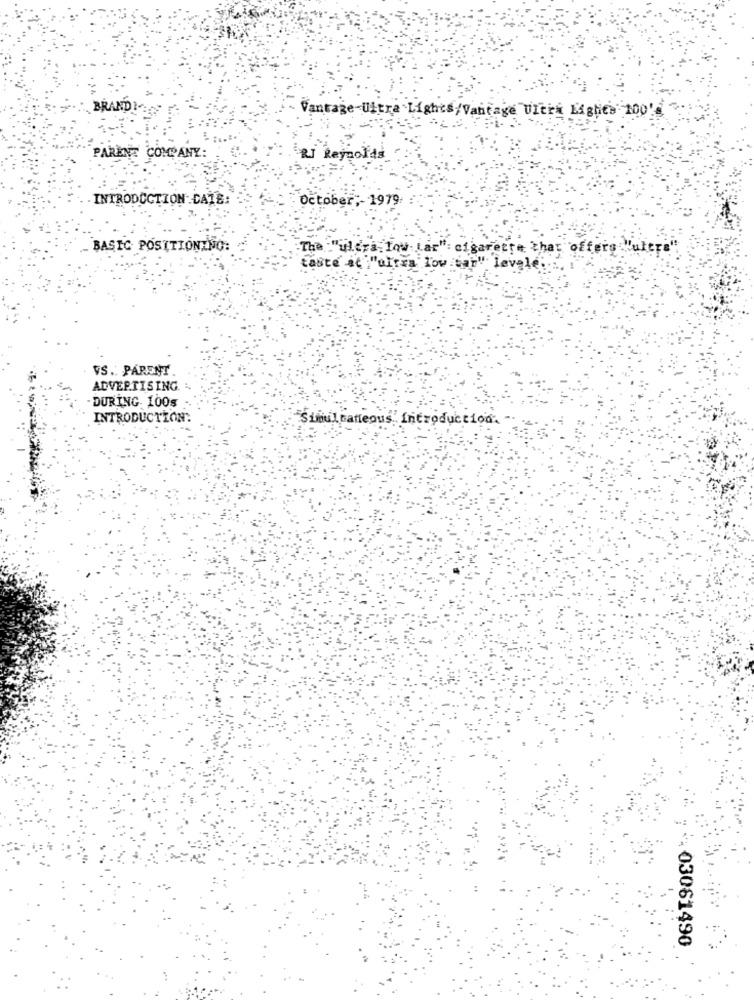
BRANDI-
Vantage-Ultra Lights/Vantage Ultra Lightes 100'
PARENT COMPANY:
LI Reynolds
INTRODUCTION DATE:
October ;- 1979.
BASIC POSITIONING:
The :"ultra low Lar": cigarette that offers
uteri
taste at ""ultra low tar" levele:
VS .: PARENT
ADVERTISING
DURING. 100s
INTRODUCTION
Simultaneous. introduction.
. 03061490